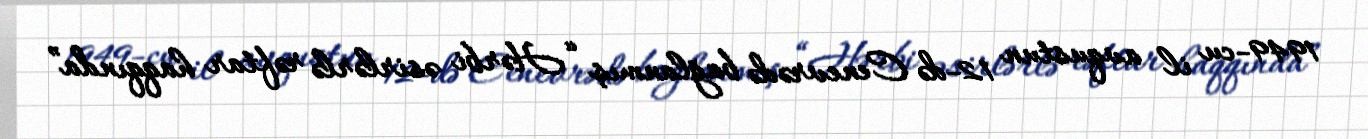
1949-cu il avqustun 12-də Cenevrədə bağlanmış “Hərbi əsirlərlə rəftar haqqında”